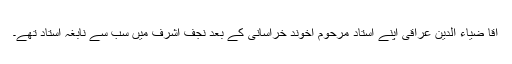
آقا ضیاء الدین عراقی اپنے استاد مرحوم آخوند خراسانی کے بعد نجف اشرف میں سب سے نابغہ استاد تھے۔